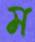
ম